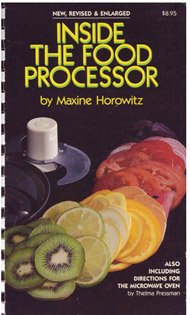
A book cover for Inside the Food Processor; Maxine Horowitz; Cookbooks, Food & Wine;